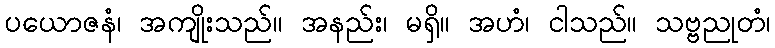
ပယောဇနံ၊ အကျိုးသည်။ အနည်း၊ မရှိ။ အဟံ၊ ငါသည်။ သဗ္ဗညုတံ၊